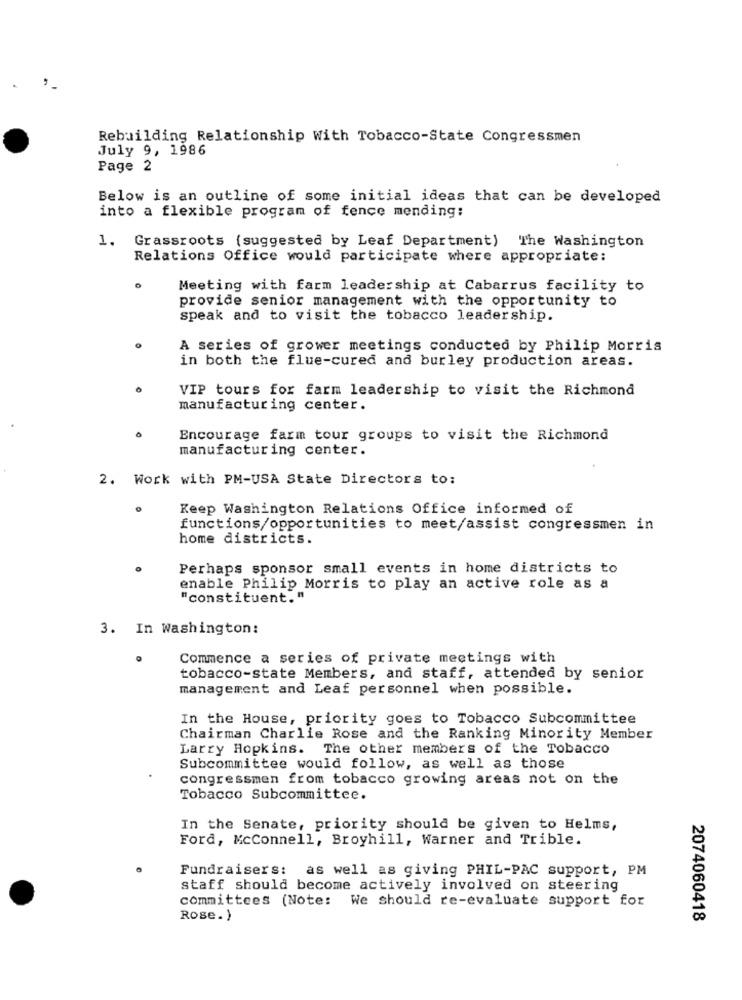
Rebuilding Relationship With Tobacco-State Congressmen
July 9, 1986
Page 2
Below is an outline of some initial ideas that can be developed
into a flexible program of fence mending:
1. Grassroots (suggested by Leaf Department) The Washington
Relations Office would participate where appropriate:
Meeting with farm leadership at Cabarrus facility to
provide senior management with the opportunity to
speak and to visit the tobacco leadership.
A series of grower meetings conducted by Philip Morris
in both the flue-cured and burley production areas.
VIP tours for farm leadership to visit the Richmond
manufacturing center.
Encourage farm tour groups to visit the Richmond
manufacturing center.
2. Work with PM-USA State Directors to:
Keep Washington Relations Office informed of
functions/opportunities to meet/assist congressmen in
home districts.
Perhaps sponsor small events in home districts to
enable Philip Morris to play an active role as a
"constituent."
3. In Washington:
Commence a series of private meetings with
tobacco-state Members, and staff, attended by senior
management and Leaf personnel when possible.
In the House, priority goes to Tobacco Subcommittee
Chairman Charlie Rose and the Ranking Minority Member
Larry Hopkins. The other members of the Tobacco
Subcommittee would follow, as well as those
congressmen from tobacco growing areas not on the
Tobacco Subcommittee.
In the Senate, priority should be given to Helms,
Ford, McConnell, Broyhill, Warner and Trible.
Fundraisers: as well as giving PHIL-PAC support, PM
staff should become actively involved on steering
committees (Note:
We should re-evaluate support for
Rose. )
2074060418